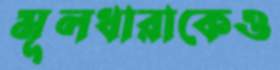
মূলধারাকেও